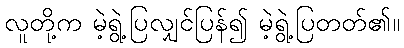
လူတို့က မဲ့ရွဲ့ပြလျှင်ပြန်၍ မဲ့ရွဲ့ပြတတ်၏။